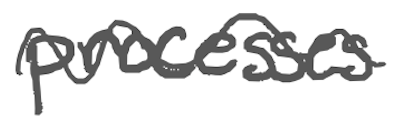
Text: processes
Cross-out: wave
Writing tool: digital_gray